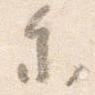
参